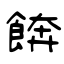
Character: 餴